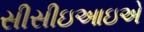
સીસીઇઆઇએ